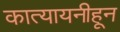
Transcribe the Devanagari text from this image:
कात्यायनीहून